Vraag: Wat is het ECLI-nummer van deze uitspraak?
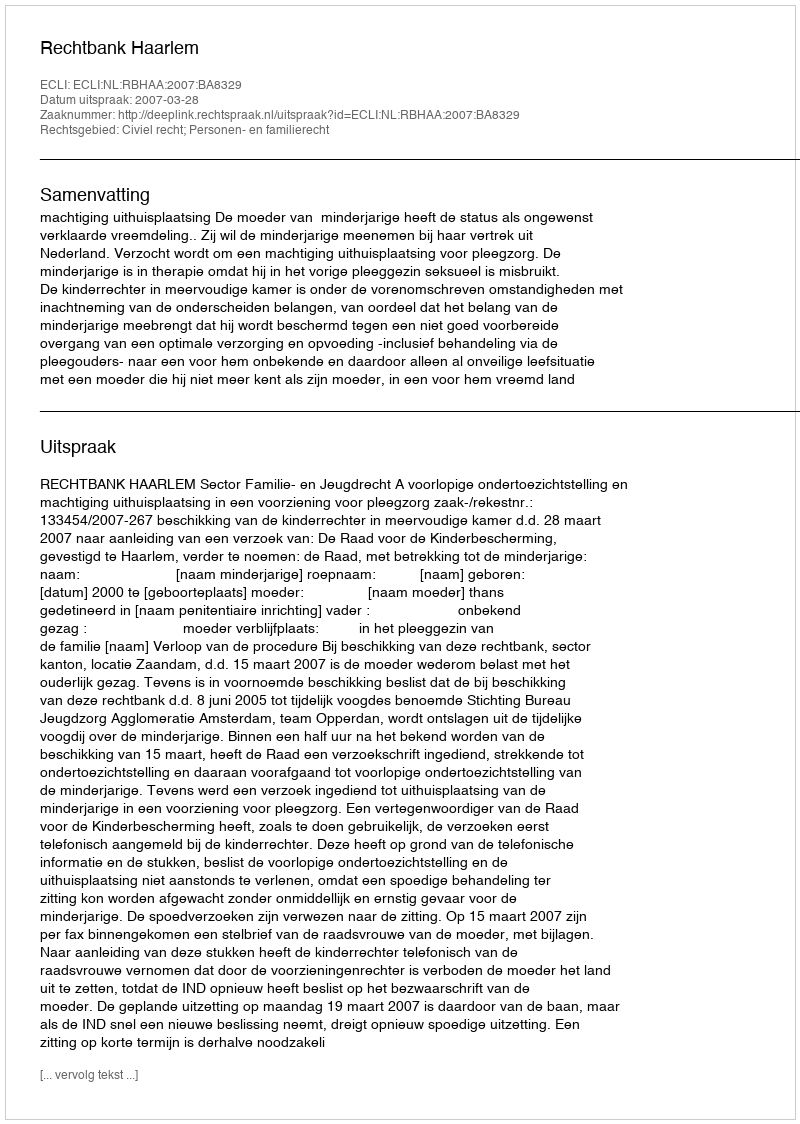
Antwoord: ECLI:NL:RBHAA:2007:BA8329